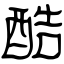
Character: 酷